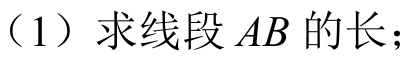
（1）求线段 \(AB\) 的长；